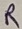
Text: R